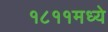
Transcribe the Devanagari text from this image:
१८११मध्ये